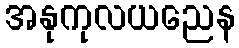
အနုကုလယညေန